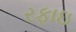
રફાઇ